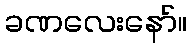
ခဏလေးနော်။